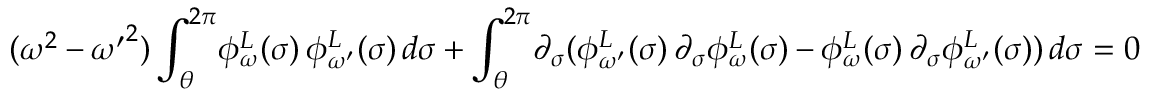
( \omega ^ { 2 } - { \omega ^ { \prime } } ^ { 2 } ) \int _ { \theta } ^ { 2 \pi } \! \phi _ { \omega } ^ { L } ( \sigma ) \: \phi _ { \omega ^ { \prime } } ^ { L } ( \sigma ) \, d \sigma + \int _ { \theta } ^ { 2 \pi } \! \partial _ { \sigma } ( \phi _ { \omega ^ { \prime } } ^ { L } ( \sigma ) \: \partial _ { \sigma } \phi _ { \omega } ^ { L } ( \sigma ) - \phi _ { \omega } ^ { L } ( \sigma ) \: \partial _ { \sigma } \phi _ { \omega ^ { \prime } } ^ { L } ( \sigma ) ) \, d \sigma = 0